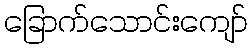
ခြောက်သောင်းကျော်